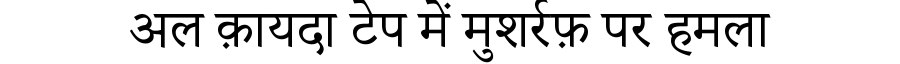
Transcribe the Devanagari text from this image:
अल क़ायदा टेप में मुशर्रफ़ पर हमला